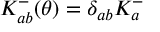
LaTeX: K _ { a b } ^ { - } ( \theta ) = \delta _ { a b } K _ { a } ^ { - }